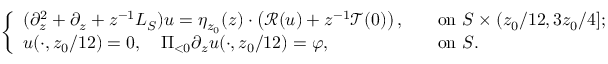
\begin{array} { r } { \left\{ \begin{array} { l l } { ( \partial _ { z } ^ { 2 } + \partial _ { z } + z ^ { - 1 } L _ { S } ) u = \eta _ { z _ { 0 } } ( z ) \cdot \left( \mathscr { R } ( u ) + z ^ { - 1 } \mathscr { T } ( 0 ) \right) , \ } & { \ \mathrm { ~ o n ~ } S \times ( z _ { 0 } / 1 2 , 3 z _ { 0 } / 4 ] ; } \\ { u ( \cdot , z _ { 0 } / 1 2 ) = 0 , \ \ \ \Pi _ { < 0 } \partial _ { z } u ( \cdot , z _ { 0 } / 1 2 ) = \varphi , \ } & { \ \mathrm { ~ o n ~ } S . } \end{array} \right. } \end{array}